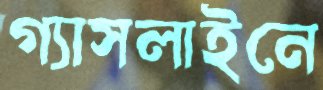
গ্যাসলাইনে